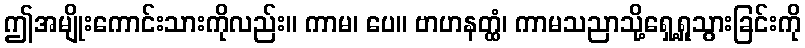
ဤအမျိုးကောင်းသားကိုလည်း။ ကာမ၊ ပေ။ ဗာဟနတ္ထံ၊ ကာမသညာသို့ရှေ့ရှုသွားခြင်းကို